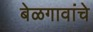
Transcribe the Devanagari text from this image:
बेळगावांचे